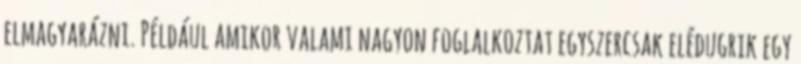
elmagyarázni. Például amikor valami nagyon foglalkoztat egyszercsak elédugrik egy